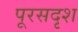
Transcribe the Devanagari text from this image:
पूरसदृश